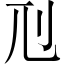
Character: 𠚯